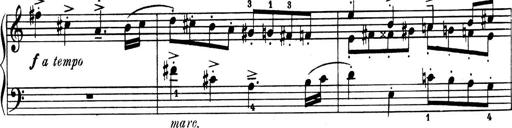
Title: 4 Sonatines
Composer: Max Reger